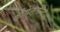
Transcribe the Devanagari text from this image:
कोपेलान्दिअ